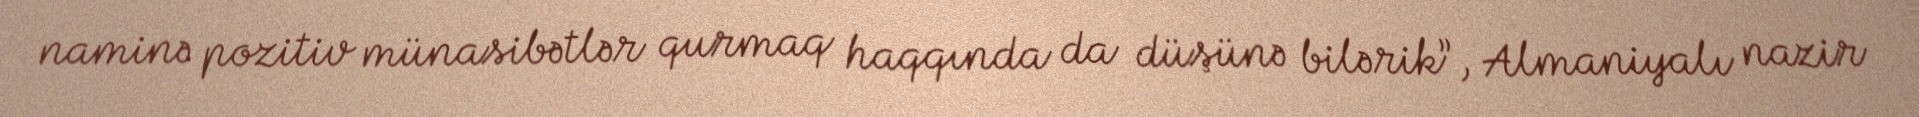
naminə pozitiv münasibətlər qurmaq haqqında da düşünə bilərik”, Almaniyalı nazir